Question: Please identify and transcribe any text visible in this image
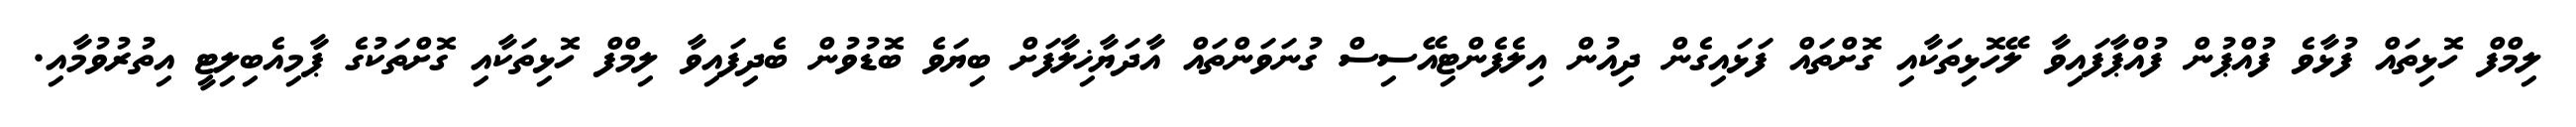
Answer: ލިމްފް ހޮޅިތައް ފުޅާވެ ފުއްޕުން ފުއްޕާފައިވާ ލޭހޮޅިތަކާއި ގޮށްތައް ފަޅައިގެން ދިއުން އިލެފެންޓިއޭސިސް ގުނަވަންތައް އާދަޔާޚިލާފަށް ބިޔަވެ ބޮޑުވުން ބެދިފައިވާ ލިމްފް ހޮޅިތަކާއި ގޮށްތަކުގެ ޕާމިއެބިލިޓީ އިތުރުވުމާއި.